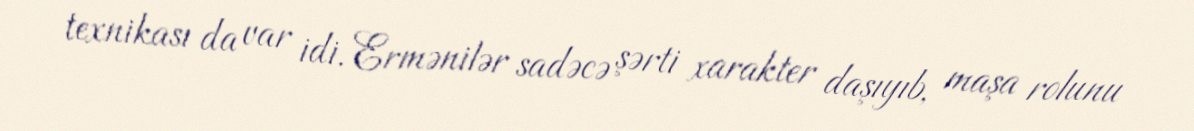
texnikası da var idi. Ermənilər sadəcə şərti xarakter daşıyıb, maşa rolunu